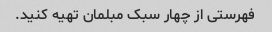
فهرستی از چهار سبک مبلمان تهیه کنید.